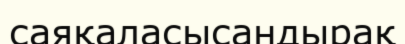
саяқаласысандырақ